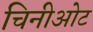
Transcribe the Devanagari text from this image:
चिनीओट